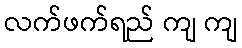
လက်ဖက်ရည် ကျ ကျ